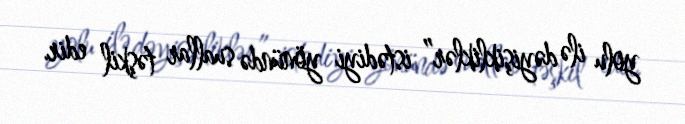
yolu ilə dəyişikliklər” istədiyi yönündə suallar təşkil edir.